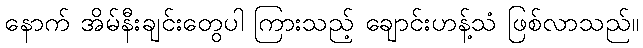
နောက် အိမ်နီးချင်းတွေပါ ကြားသည့် ချောင်းဟန့်သံ ဖြစ်လာသည်။